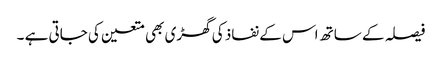
فیصلہ کے ساتھ اس کے نفاذ کی گھڑی بھی متعین کی جاتی ہے ۔